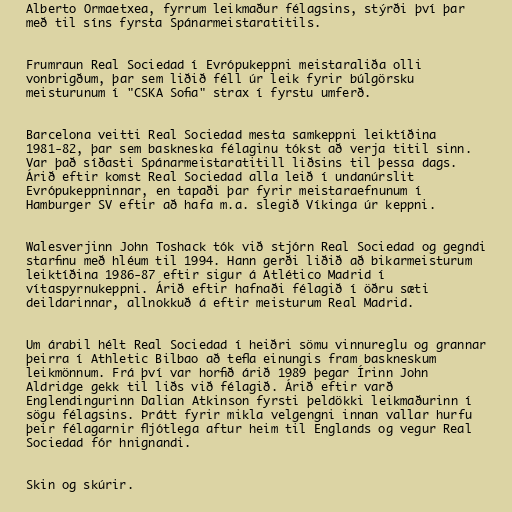
Alberto Ormaetxea, fyrrum leikmaður félagsins, stýrði því þar
með til síns fyrsta Spánarmeistaratitils.

Frumraun Real Sociedad í Evrópukeppni meistaraliða olli
vonbrigðum, þar sem liðið féll úr leik fyrir búlgörsku
meisturunum í "CSKA Sofia" strax í fyrstu umferð.

Barcelona veitti Real Sociedad mesta samkeppni leiktíðina
1981-82, þar sem baskneska félaginu tókst að verja titil sinn.
Var það síðasti Spánarmeistaratitill liðsins til þessa dags.
Árið eftir komst Real Sociedad alla leið í undanúrslit
Evrópukeppninnar, en tapaði þar fyrir meistaraefnunum í
Hamburger SV eftir að hafa m.a. slegið Víkinga úr keppni.

Walesverjinn John Toshack tók við stjórn Real Sociedad og gegndi
starfinu með hléum til 1994. Hann gerði liðið að bikarmeisturum
leiktíðina 1986-87 eftir sigur á Atlético Madrid í
vítaspyrnukeppni. Árið eftir hafnaði félagið í öðru sæti
deildarinnar, allnokkuð á eftir meisturum Real Madrid.

Um árabil hélt Real Sociedad í heiðri sömu vinnureglu og grannar
þeirra í Athletic Bilbao að tefla einungis fram baskneskum
leikmönnum. Frá því var horfið árið 1989 þegar Írinn John
Aldridge gekk til liðs við félagið. Árið eftir varð
Englendingurinn Dalian Atkinson fyrsti þeldökki leikmaðurinn í
sögu félagsins. Þrátt fyrir mikla velgengni innan vallar hurfu
þeir félagarnir fljótlega aftur heim til Englands og vegur Real
Sociedad fór hnignandi.

Skin og skúrir.